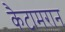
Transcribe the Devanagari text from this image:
कैटामरान